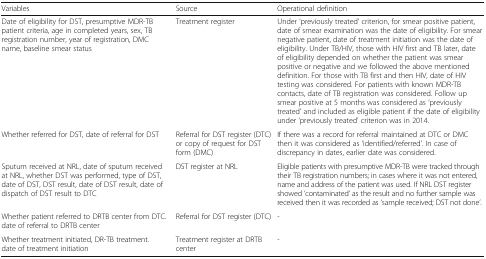
<table><thead><tr><td><b>Variables</b></td><td><b>Source</b></td><td><b>Operational definition</b></td></tr></thead><tbody><tr><td>Date of eligibility for DST, presumptive MDR-TB patient criteria, age in completed years, sex, TB registration number, year of registration, DMC name, baseline smear status</td><td>Treatment register</td><td>Under ‘previously treated’ criterion, for smear positive patient, date of smear examination was the date of eligibility. For smear negative patient, date of treatment initiation was the date of eligibility. Under TB/HIV, those with HIV first and TB later, date of eligibility depended on whether the patient was smear positive or negative and we followed the above mentioned definition. For those with TB first and then HIV, date of HIV testing was considered. For patients with known MDR-TB contacts, date of TB registration was considered. Follow up smear positive at 5 months was considered as ‘previously treated’ and included as eligible patient if the date of eligibility under ‘previously treated’ criterion was in 2014.</td></tr><tr><td>Whether referred for DST, date of referral for DST</td><td>Referral for DST register (DTC) or copy of request for DST form (DMC)</td><td>If there was a record for referral maintained at DTC or DMC then it was considered as ‘identified/referred’. In case of discrepancy in dates, earlier date was considered.</td></tr><tr><td>Sputum received at NRL, date of sputum received at NRL, whether DST was performed, type of DST, date of DST, DST result, date of DST result, date of dispatch of DST result to DTC</td><td>DST register at NRL</td><td>Eligible patients with presumptive MDR-TB were tracked through their TB registration numbers; in cases where it was not entered, name and address of the patient was used. If NRL DST register showed ‘contaminated’ as the result and no further sample was received then it was recorded as ‘sample received; DST not done’.</td></tr><tr><td>Whether patient referred to DRTB center from DTC. date of referral to DRTB center</td><td>Referral for DST register (DTC)</td><td>-</td></tr><tr><td>Whether treatment initiated, DR-TB treatment. date of treatment initiation</td><td>Treatment register at DRTB center</td><td>-</td></tr></tbody></table>